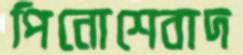
পিনোশেবাদ